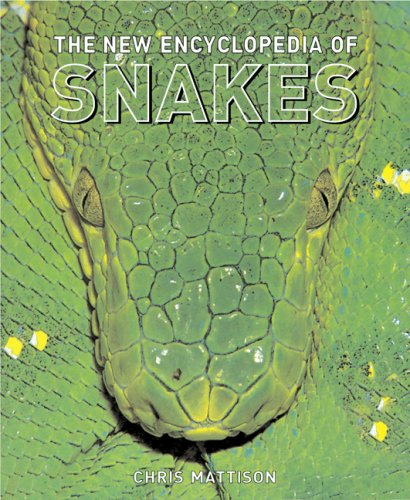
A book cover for The New Encyclopedia of Snakes; Chris Mattison; Reference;